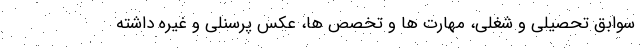
سوابق تحصیلی و شغلی، مهارت ها و تخصص ها، عکس پرسنلی و غیره داشته